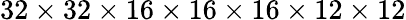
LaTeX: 32\times 32\times 16\times 16\times 16\times 12\times 12